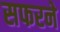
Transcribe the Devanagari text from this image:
सफरने